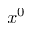
x ^ { 0 }